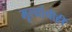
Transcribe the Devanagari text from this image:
मूल्यांचीही